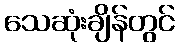
သေဆုံးချိန်တွင်